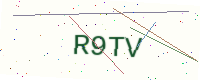
Text: R9TV